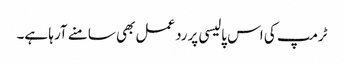
ٹرمپ کی اس پالیسی پرردعمل بھی سامنے آرہا ہے۔